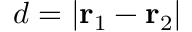
d = | \ensuremath { \mathbf { r } } _ { 1 } - \ensuremath { \mathbf { r } } _ { 2 } |